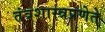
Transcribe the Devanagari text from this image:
तंत्रशास्त्रप्रणेते